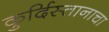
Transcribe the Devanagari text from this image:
कुर्दिस्तानाचा